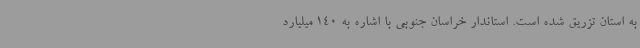
به استان تزریق شده است. استاندار خراسان جنوبی با اشاره به 140 میلیارد